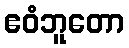
ဧဝံဘူတော